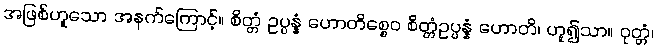
အဖြစ်ဟူသော အနက်ကြောင့်။ စိတ္တံ ဥပ္ပန္နံ ဟောတိစ္စေဝ စိတ္တံဥပ္ပန္နံ ဟောတိ၊ ဟူ၍သာ။ ဝုတ္တံ၊